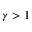
\gamma > 1